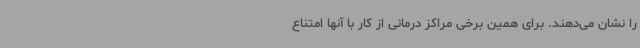
را نشان می‌دهند. برای همین برخی مراکز درمانی از کار با آنها امتناع